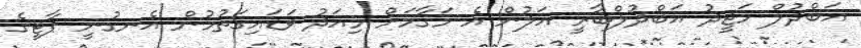
އަބްދުލް މަޖީދު އަބްދުލްބާރީ އަލުން އެ މަގާމަށް މިއަދު ވަޑައިގަތުމުން އެނގުނީ ޕާޓީގެ